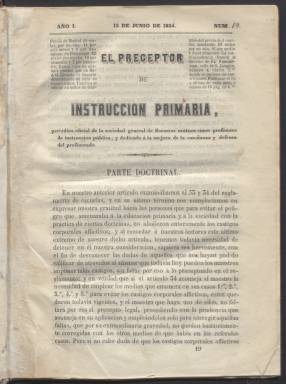
Título: El Preceptor de instrucción primaria
Colección: Educación
Ámbito geográfico: Madrid
Lugar de publicación: Madrid
Fechas: 15/06/1854-30/06/1856